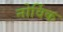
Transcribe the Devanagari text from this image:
नोर्विक